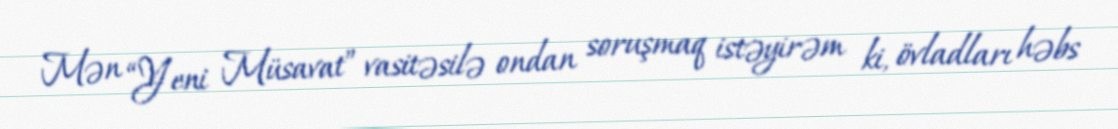
Mən “Yeni Müsavat” vasitəsilə ondan soruşmaq istəyirəm ki, övladları həbs